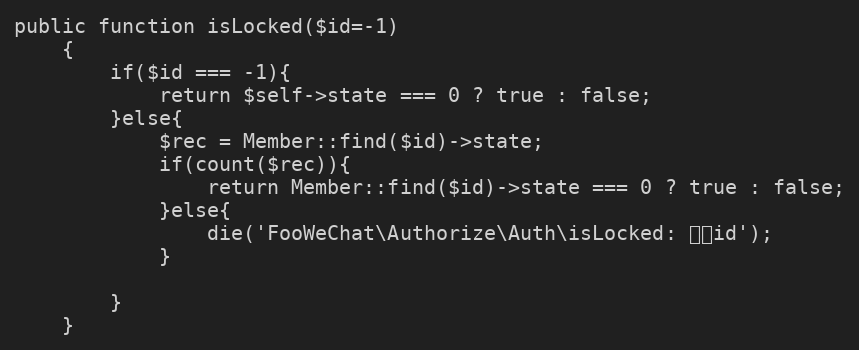
Language: PHP
public function isLocked($id=-1)
	{
		if($id === -1){
			return $self->state === 0 ? true : false;
		}else{
			$rec = Member::find($id)->state;
			if(count($rec)){
				return Member::find($id)->state === 0 ? true : false;
			}else{
				die('FooWeChat\Authorize\Auth\isLocked: 无效id');
			}

		}
	}